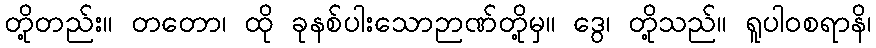
တို့တည်း။ တတော၊ ထို ခုနစ်ပါးသောဉာဏ်တို့မှ။ ဒွေ၊ တို့သည်။ ရူပါဝစရာနိ၊